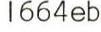
1664eb